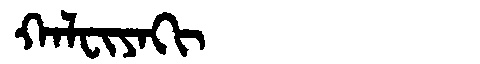
Manchu: ᡴᠠᠯᠸᡳᠶᠠᡴᡳ
Romanization: KALFIYAKI